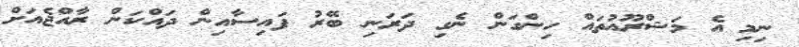
ނިމި އެ މަޝްރޫއުތައް ހިންގަން ނެގި ދަރަނި ބޭރު ފައިސާއިން ދައްކަން ރާއްޖެއަށް